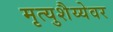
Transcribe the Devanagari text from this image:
मृत्युशैय्येवर